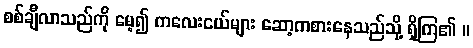
စစ်ချီလာသည်ကို မေ့၍ ကလေးငယ်များ ဆော့ကစားနေသည်သို့ ရှိကြ၏ ။